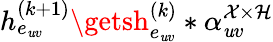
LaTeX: h_{e_{\mathit{u}v}}^{(k+1)}\getsh_{e_{\mathit{u}v}}^{(k)}*\alpha_{\mathit{u}v}^{\mathcal{{X}}\times\mathcal{{H}}}